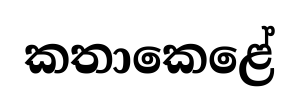
කතාකෙළේ